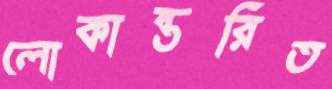
লোকান্তরিত